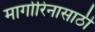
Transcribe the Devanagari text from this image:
मार्गारिनासाठी